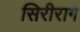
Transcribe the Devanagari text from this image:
सिरीराग